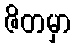
ဇိတမှာ